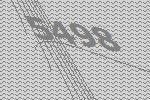
5498